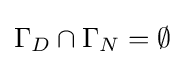
\Gamma _{D}\cap \Gamma _{N}=\emptyset